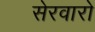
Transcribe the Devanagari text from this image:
सेरवारो